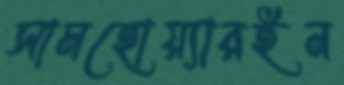
সামহোয়্যারইন